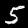
Label: 5